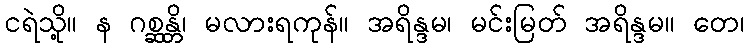
ငရဲသို့။ န ဂစ္ဆန္တိ၊ မလားရကုန်။ အရိန္ဒမ၊ မင်းမြတ် အရိန္ဒမ။ တေ၊